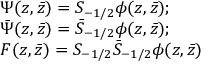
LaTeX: \begin{array} { l } { { \Psi ( z , \bar { z } ) = S _ { - 1 / 2 } \phi ( z , \bar { z } ) ; } } \\ { { \bar { \Psi } ( z , \bar { z } ) = \bar { S } _ { - 1 / 2 } \phi ( z , \bar { z } ) ; } } \\ { { F ( z , \bar { z } ) = S _ { - 1 / 2 } \bar { S } _ { - 1 / 2 } \phi ( z , \bar { z } ) } } \end{array}